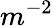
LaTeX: m^{-2}